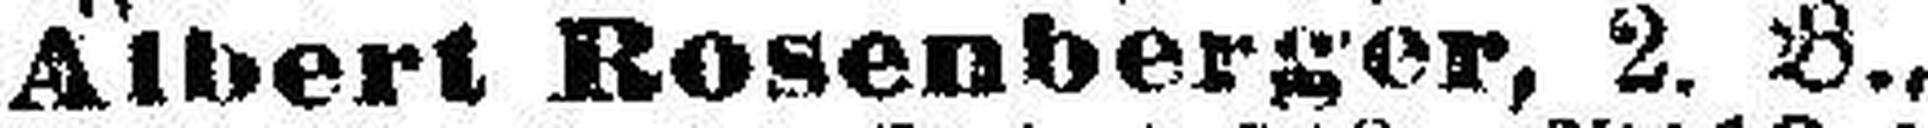
Albert Rosenberger, 2. B.,